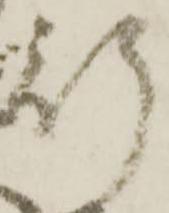
行